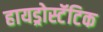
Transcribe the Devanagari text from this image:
हायड्रोस्टॅटिक